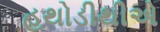
હથોડીથીએ